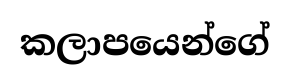
කලාපයෙන්ගේ